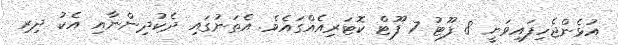
އުޅެންޖެހިފައިވަނީ 8 ފޫޓު 7 ފޫޓް ކޮޓަރިއެއްގައެވެ. އެތަނުގައި ދެކުދިންނާއި އެކު ދިރި